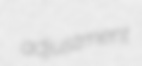
adjustment